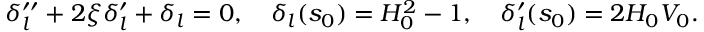
\begin{array} { r } { \delta _ { l } ^ { \prime \prime } + 2 \xi \delta _ { l } ^ { \prime } + \delta _ { l } = 0 , \quad \delta _ { l } ( s _ { 0 } ) = H _ { 0 } ^ { 2 } - 1 , \quad \delta _ { l } ^ { \prime } ( s _ { 0 } ) = 2 H _ { 0 } V _ { 0 } . } \end{array}